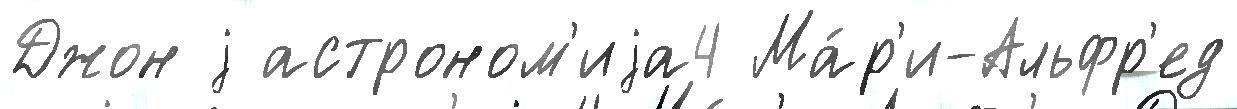
Джон j астроном'иjа4 Ма́р'и-Альфр'ед